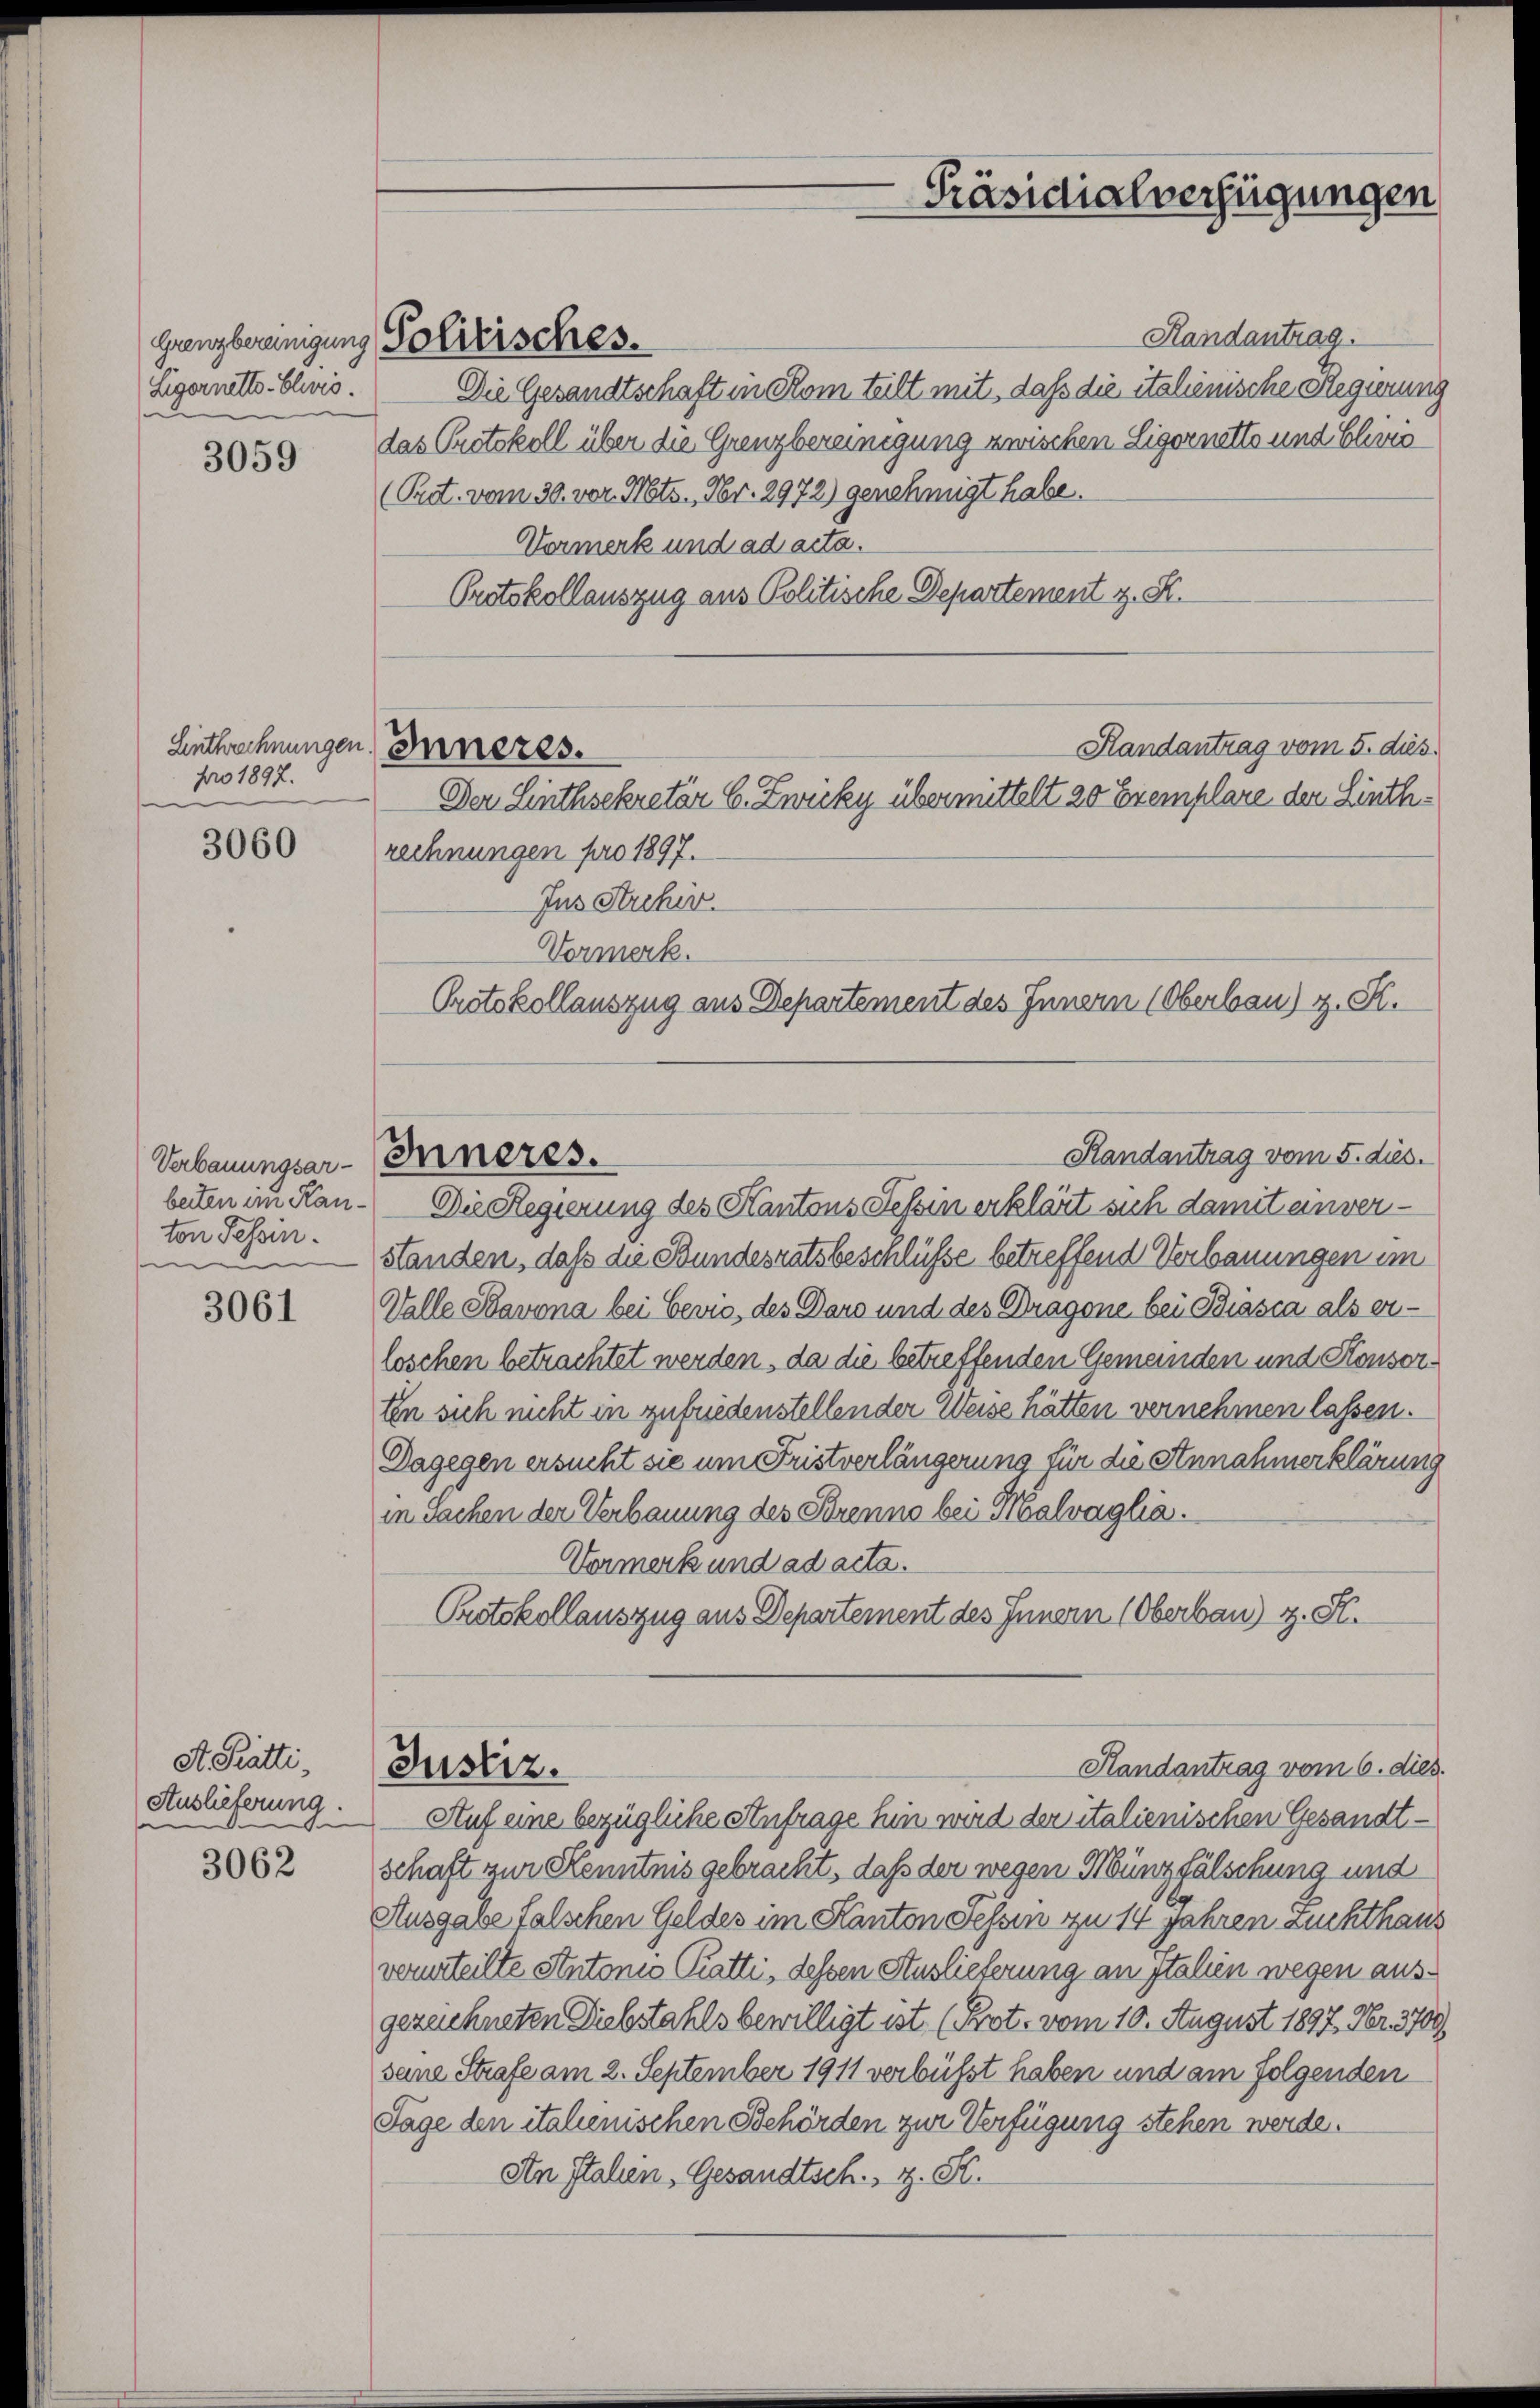
Grenzbereinigung
Ligernetts-Elvić.

3059

Einthrechnungen
pro 1897.

3060

Verbauungsarton Selin.
d

3061

St. Pratti,
Auslieferung.

3062

Handantrag
Die Gesandtschaft in Rom teilt mit, daß die italienische Regierung
das Protokoll über die Grenzbereinigung zwischen Ligornetts und Clo
(Pret. vom 30. vor. Mts., Nr. 2972) genehmigt habe.
Vormerk und ad acta.
Protokollauszug aus Politische Departement z. St.

Politisches.

Inneres.
Der Linthsekretär C. Zwicky übermittelt 20 Exemplare der Linthrechnungen pro 1897.

Randantrag vom 5. dies.
Inneres.

Handantrag vom 5. dies
beiten im Kan- Die Regierung des Kantons Tessin erklärt sich damit einverstanden, daß die Bundesratsbeschlüsse betreffend Verbauungen im
Valle Stavona bei Cević, des Daro und des Dragone bei Biasca als erloschen betrachtet werden, da die betreffenden Gemeinden und Konsor¬
En sich nicht in zufriedenstellender Weise hätten vernehmen lassen.
Dagegen ersucht sie um Fristverlängerung für die Annahmerklärung
in Sachen der Verbauung des Brenne bei Malvaglia.
Vormerk und ad acta.
Protokollauszug aus Departement des Innern (Oberbau) z. S.

Justiz.

Jus Archiv.
Vormerk.
Protokollauszug aus Departement des Innern (Oberbau) z. S.

Präsidialverfügungen

Handantrag vom 6. dies.

Auf eine bezügliche Anfrage hin wird der italienischen Gesandtschaft zur Kenntnis gebracht, daß der wegen Münzfälschung und
Ausgabe falschen Geldes im Kanton Sehen zu 14 Jahren Zuchthaus
verurteilte Stutonio Pratti, dessen Auslieferung an Italien wegen ausgezeichneten Diebstahls bewilligt ist. (Prot. vom 10. August 1897, Nr. 3709)
seine Strafe am 2. September 1911 verbüsst haben und am folgenden
Sage den italienischen Behörden zur Verfügung stehen werde.
An Stahen, Gesandtsch., z. K.